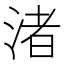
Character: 渚